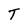
Character: T